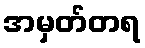
အမှတ်တရ